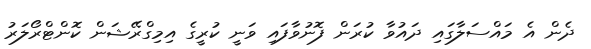
ދެން އެ މައްސަލާގައި ދައުވާ ކުރަން ފޮނުވާފައި ވަނީ ކުރީގެ އިމިގްރޭޝަން ކޮންޓްރޯލަރު